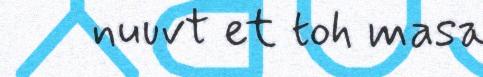
nuuvt et toh masa